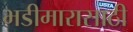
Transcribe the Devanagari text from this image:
भडीमारासाठी